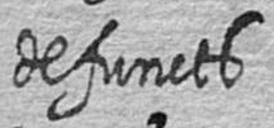
defuncts